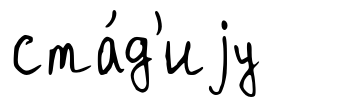
ста́д'иjу